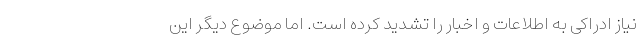
نیاز ادراکی به اطلاعات و اخبار را تشدید کرده است. اما موضوع دیگر این